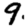
Digit: 9